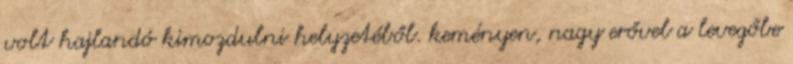
volt hajlandó kimozdulni helyzetéből. keményen, nagy erővel a levegőbe